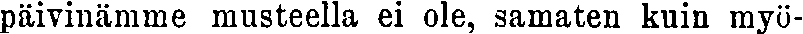
päivinämme musteella ei ole, samaten kuin myö-